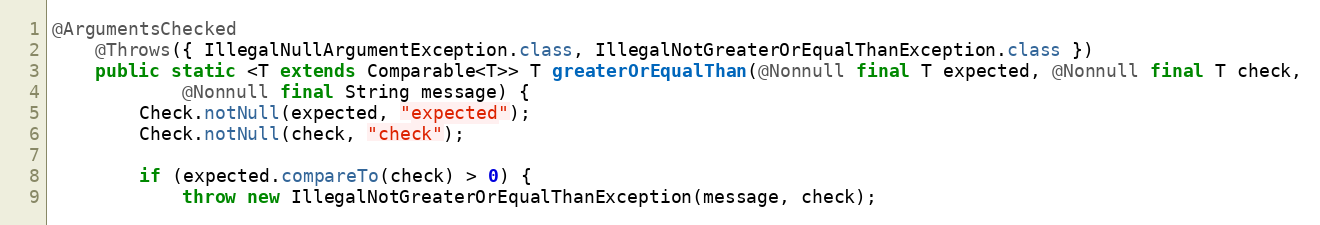
Language: Java
@ArgumentsChecked
	@Throws({ IllegalNullArgumentException.class, IllegalNotGreaterOrEqualThanException.class })
	public static <T extends Comparable<T>> T greaterOrEqualThan(@Nonnull final T expected, @Nonnull final T check,
			@Nonnull final String message) {
		Check.notNull(expected, "expected");
		Check.notNull(check, "check");

		if (expected.compareTo(check) > 0) {
			throw new IllegalNotGreaterOrEqualThanException(message, check);